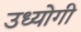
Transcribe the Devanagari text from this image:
उध्योगी